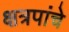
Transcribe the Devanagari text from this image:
क्षत्रपांचे